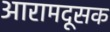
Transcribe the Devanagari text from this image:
आरामदूसक